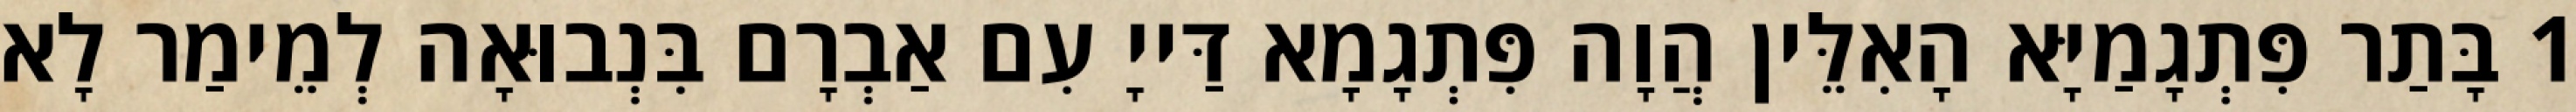
1 בָּתַר פִּתְגָמַיָּא הָאִלֵּין הֲוָה פִּתְגָמָא דַּייָ עִם אַבְרָם בִּנְבוּאָה לְמֵימַר לָא